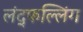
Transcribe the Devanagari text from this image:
लंद्फल्लिंग